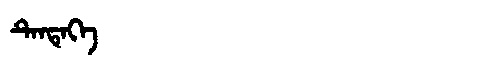
Manchu: ᡨᡝᠨᡨᡝᡴᡝ
Romanization: TENTEKE